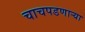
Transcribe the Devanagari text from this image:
चाचपडणाऱ्या